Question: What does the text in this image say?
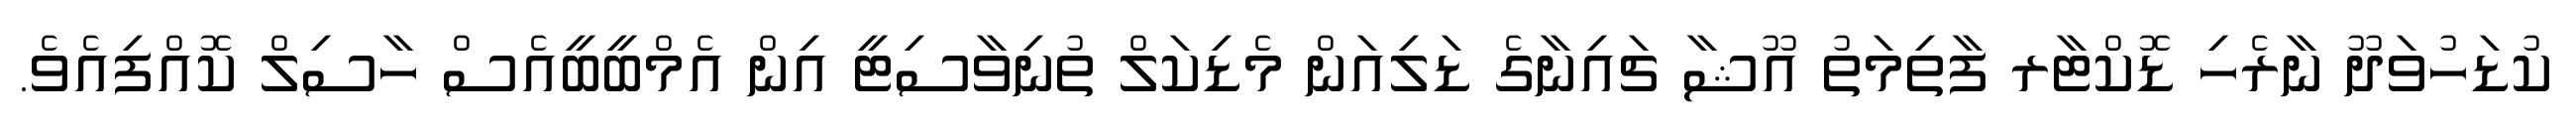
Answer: ކުޑަހުވަދޫ ނާރެހި ޑޮކްޓާރ ފާތިމަތު އޫޝާ ޗައިނާގެ ޑަލިއަން މެޑިކަލް ތުނިވާސިޓީ އިން އެމްބީބީއެސް ހާސިލް ކޮއްފިއެވެ.